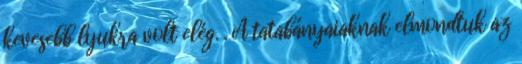
kevesebb lyukra volt elég. . A tatabányaiaknak elmondtuk az